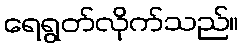
ရေရွတ်လိုက်သည်။